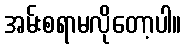
အမ်းစရာမလိုတော့ပါ။